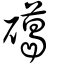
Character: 礍